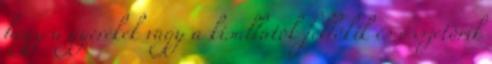
hogy a gyerekek vagy a kisállatok fellökik és összetörik